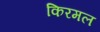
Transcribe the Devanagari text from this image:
किरमल